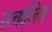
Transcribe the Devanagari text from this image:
सचांलित